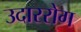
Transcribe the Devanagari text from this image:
उदाररोग